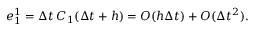
\begin{array} { r } { e _ { 1 } ^ { 1 } = \Delta t \, C _ { 1 } ( \Delta t + h ) = O ( h \Delta t ) + O ( \Delta t ^ { 2 } ) . } \end{array}